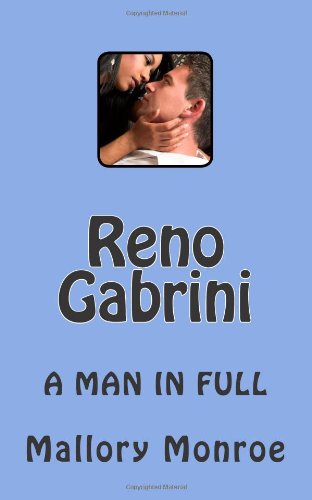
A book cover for Reno Gabrini: A Man In Full; Mallory Monroe; Romance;